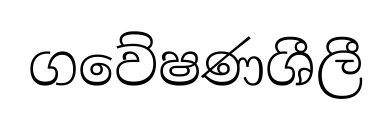
ගවේෂණශීලී